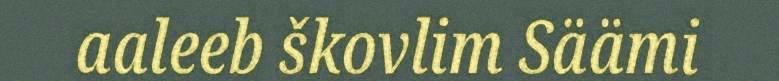
aaleeb škovlim Säämi